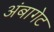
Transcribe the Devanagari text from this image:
अंबागेट